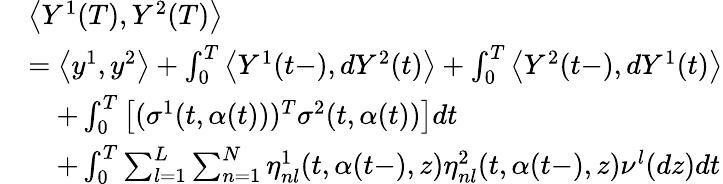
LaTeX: \begin{array}{rl}&{\left\langle Y^{1}(T),Y^{2}(T)\right\rangle}\\ &{=\left\langle y^{1},y^{2}\right\rangle+\int_{0}^{T}\left\langle Y^{1}(t-),dY^{2}(t)\right\rangle+\int_{0}^{T}\left\langle Y^{2}(t-),dY^{1}(t)\right\rangle}\\ &{\quad+\int_{0}^{T}\left[(\sigma^{1}(t,\alpha(t)))^{T}\sigma^{2}(t,\alpha(t))\right]dt}\\ &{\quad+\int_{0}^{T}\sum_{l=1}^{L}\sum_{n=1}^{N}\eta_{nl}^{1}(t,\alpha(t-),z)\eta_{nl}^{2}(t,\alpha(t-),z)\nu^{l}(dz)dt}\end{array}